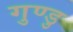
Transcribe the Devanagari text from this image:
गुण्डु